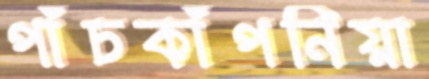
পাঁচকাঁপনিয়া